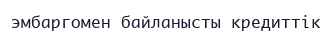
эмбаргомен байланысты кредиттік